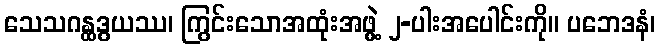
သေသဂန္ထဒွယဿ၊ ကြွင်းသောအထုံးအဖွဲ့ ၂-ပါးအပေါင်းကို။ ပဘေဒနံ၊